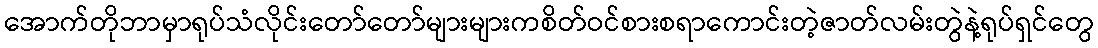
အောက်တိုဘာမှာရုပ်သံလိုင်းတော်တော်များများကစိတ်ဝင်စားစရာကောင်းတဲ့ဇာတ်လမ်းတွဲနဲ့ရုပ်ရှင်တွေ